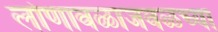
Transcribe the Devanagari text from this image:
लोणावळाजवळच्या